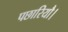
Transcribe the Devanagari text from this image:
पछारियौ।